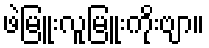
ဖဲမြူးလူမြူးကိုးဗျာ။